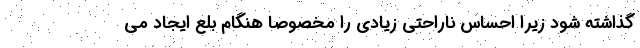
گذاشته شود زیرا احساس ناراحتی زیادی را مخصوصاً هنگام بلع ایجاد می